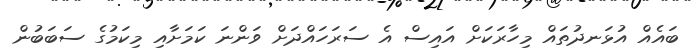
ބައެއް އުޅަނދުތައް މިހާރަކަށް އައިސް އެ ސަރަހައްދަށް ވަންނަ ކަމަށާއި މިކަމުގެ ސަބަބުން